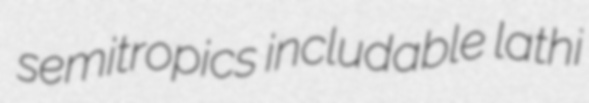
semitropics includable lathi